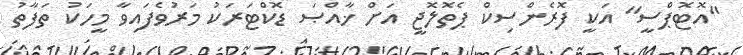
"އޮޓޮޕްސީ" އަކީ ފޮރެންސިކް ޕެތޮލޮޖީ އަށް ޚާއްޞަ ޑޮކްޓަރަކު މަރުވެފައިވާ މީހަކު ތަފާތު